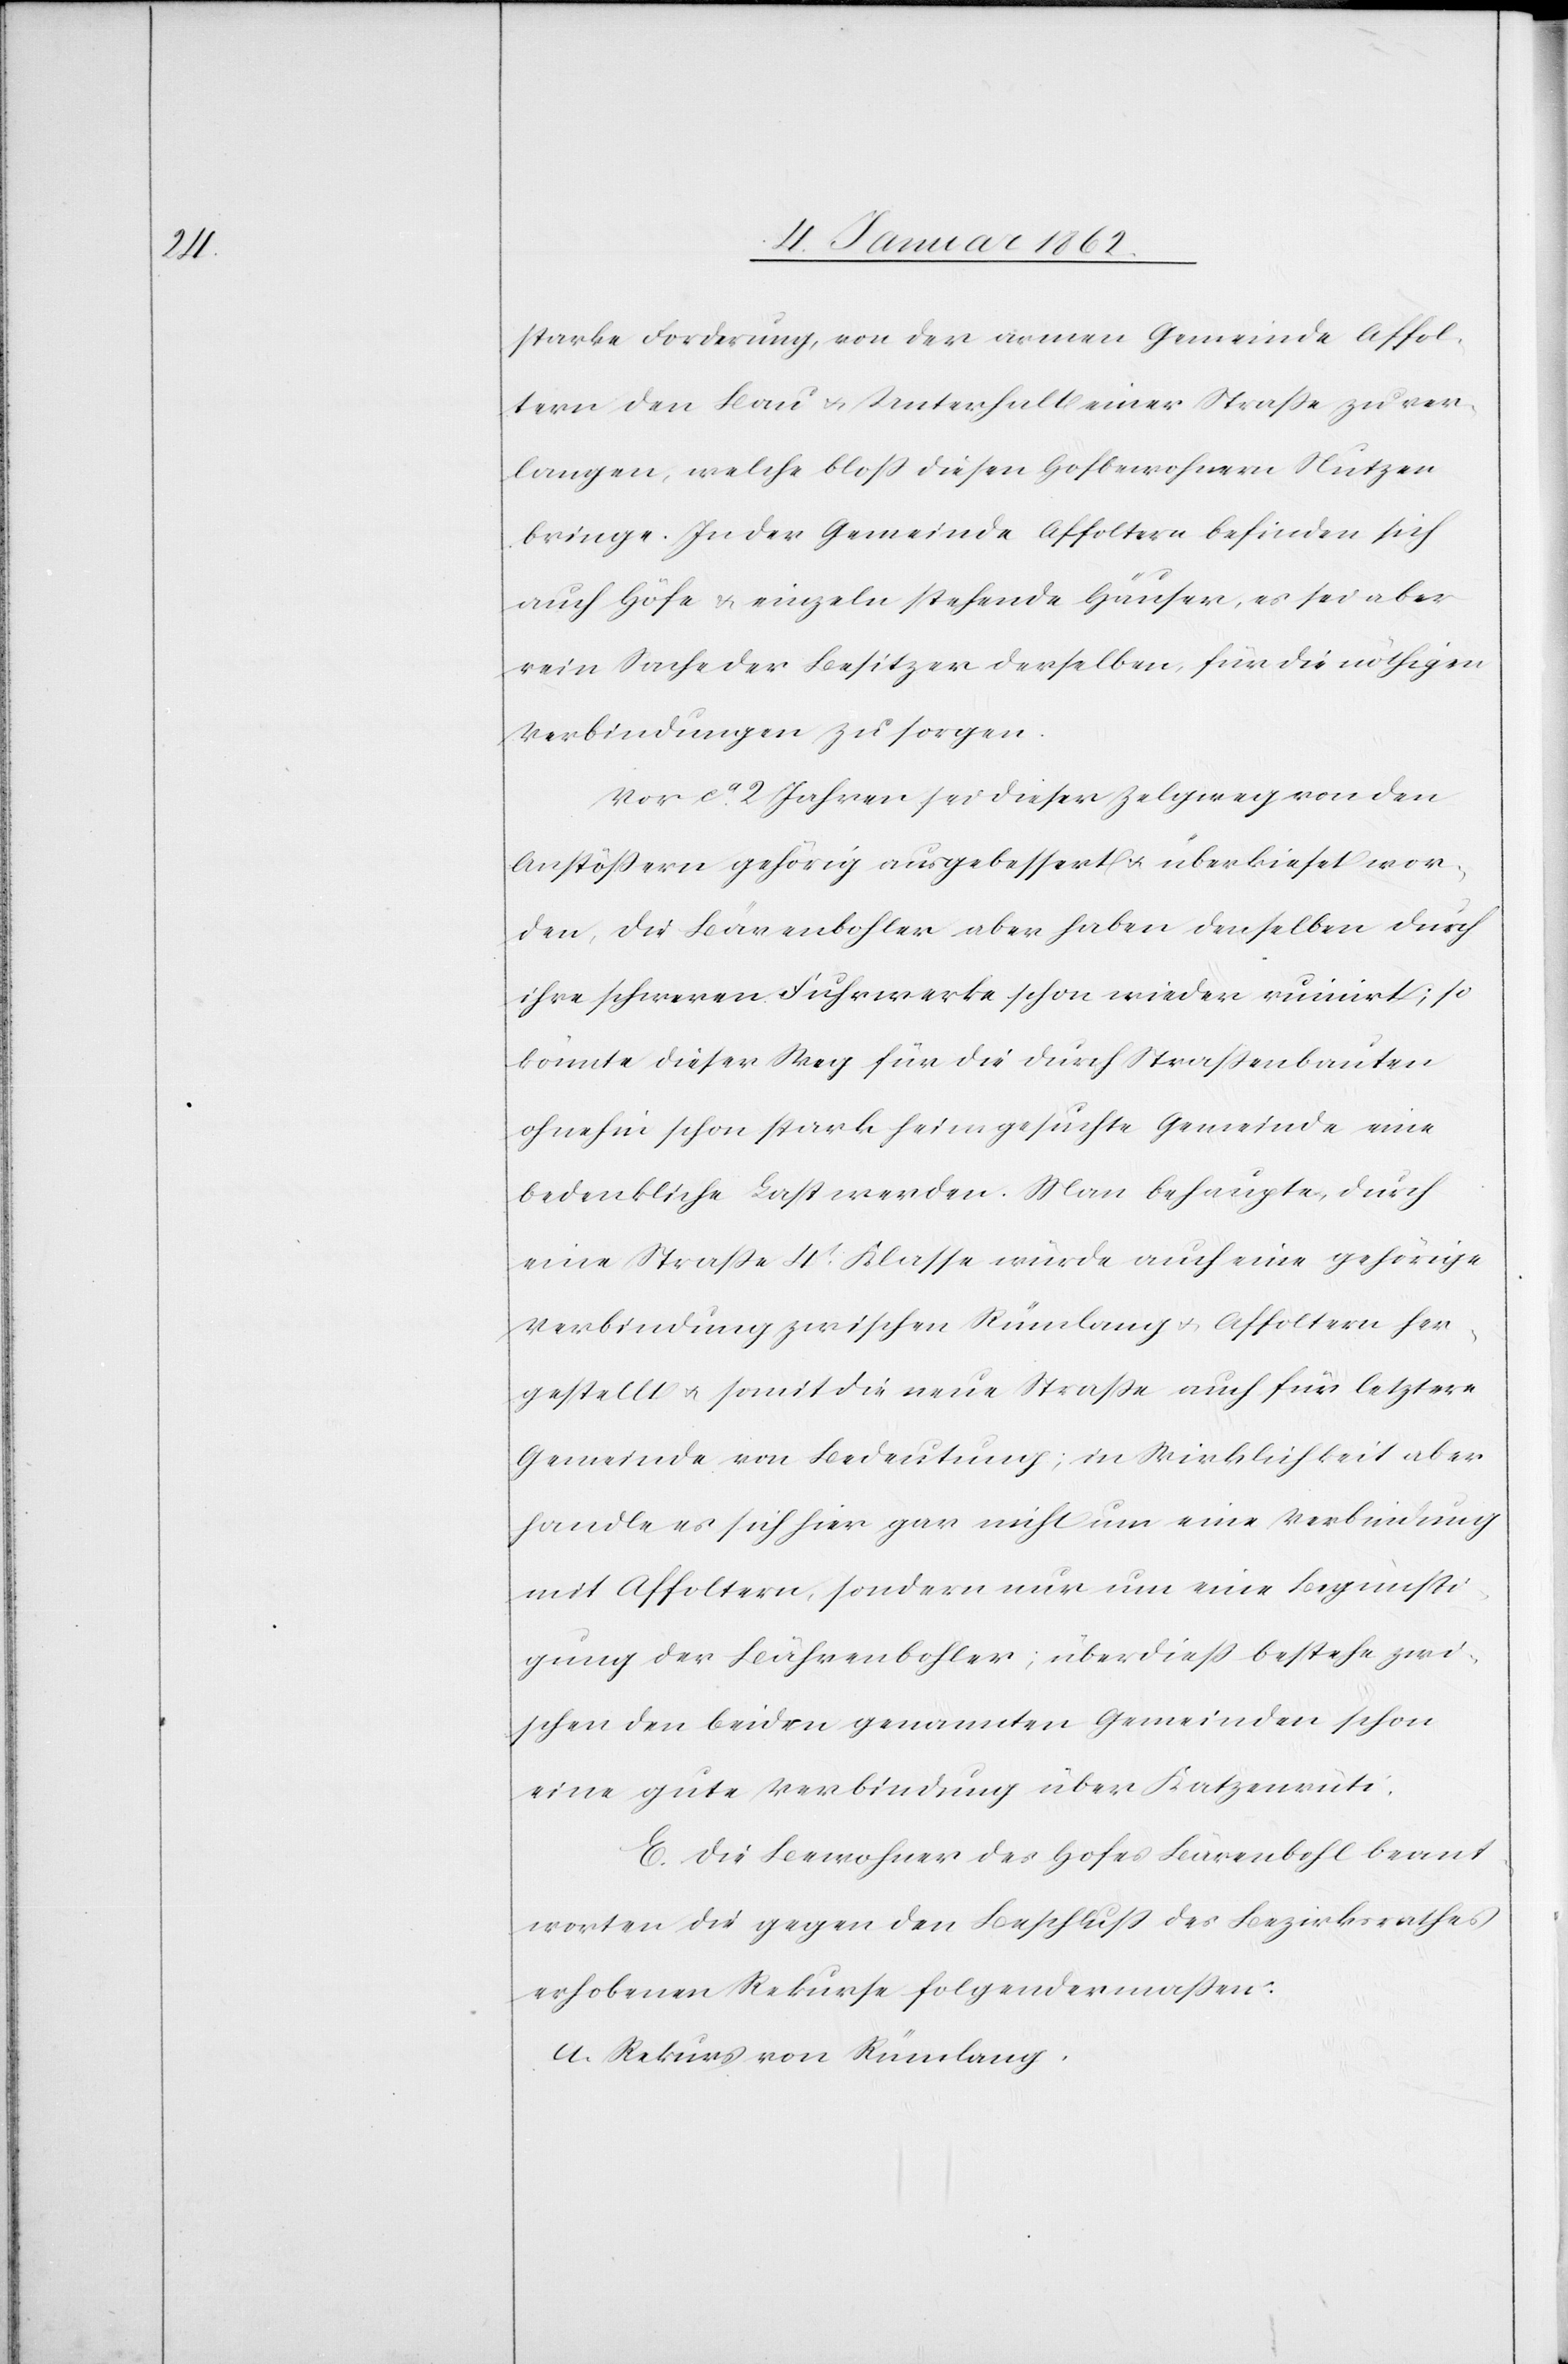
starke Forderung, von der armen Gemeinde Affol¬
tern den Bau u. Unterhalt einer Straße zu ver¬
langen, welche bloß diesen Hofbewohnern Nutzen
bringe. In der Gemeinde Affoltern befinden sich
auch Höfe u. einzeln stehende Häuser, es sei aber
rein Sache der Besitzer derselben, für die nöthigen
Verbindungen zu sorgen.
Vor ca. 2 Jahren sei dieser Zelgweg von den
Anstößern gehörig ausgebessert u. überkieset wor¬
den, die Bärenbohler aber haben denselben durch
ihre schweren Fuhrwerke schon wieder ruinirt; so
könnte dieser Weg für die durch Straßenbauten
ohnehin schon stark heimgesuchte Gemeinde eine
bedenkliche Last werden. Man behaupte, durch
eine Straße 4t. Klasse würde auch eine gehörige
Verbindung zwischen Rümlang u. Affoltern her¬
gestellt u. somit die neue Straße auch für letztere
Gemeinde von Bedeutung; in Wirklichkeit aber
handle es sich hier gar nicht um eine Verbindung
mit Affoltern, sondern nur um eine Begunsti¬
gung der Bährenbohler; überdieß bestehe zwi¬
schen den beiden genannten Gemeinden schon
eine gute Verbindung über Katzenrüti.
E. Die Bewohner des Hofes Bärenbohl beant¬
worten die gegen den Beschluß des Bezirksrathes
erhobenen Rekurse folgendermaßen:
a. Rekurs von Rümlang.